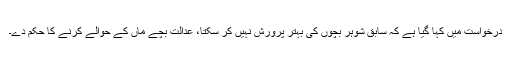
درخواست میں‌ کہا گیا ہے کہ سابق شوہر بچوں کی بہتر پرورش نہیں کر سکتا، عدالت بچے ماں کے حوالے کرنے کا حکم دے۔